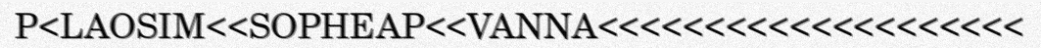
P<LAOSIM<<SOPHEAP<<VANNA<<<<<<<<<<<<<<<<<<<<